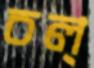
চল্